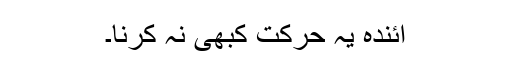
آئندہ یہ حرکت کبھی نہ کرنا۔